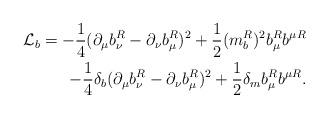
LaTeX: \begin{align*}{\cal L}_b = - {1 \over 4} (\partial_\mu b_\nu^R - \partial_\nu b_\mu^R)^2+ {1 \over 2} (m_b^R)^2 b_\mu^R b^\mu{}^R \\- {1 \over 4} \delta_b (\partial_\mu b_\nu^R - \partial_\nu b_\mu^R)^2+ {1 \over 2} \delta_m b_\mu^R b^\mu{}^R .\end{align*}